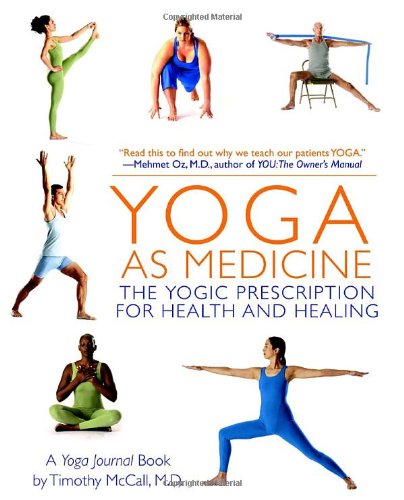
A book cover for Yoga as Medicine: The Yogic Prescription for Health and Healing; Yoga Journal; Health, Fitness & Dieting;